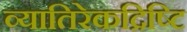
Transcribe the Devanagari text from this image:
व्यातिरेकद्रिष्टि